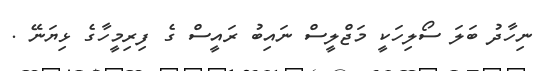
ނިހާދު ބަލަ ސޯލިހަކީ މަޖްލީސް ނައިބު ރައީސް ގެ ފިރިމީހާގެ ޅިޔަނޭ .